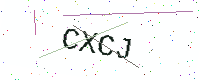
Text: CXCJ